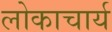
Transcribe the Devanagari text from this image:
लोकाचार्य